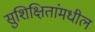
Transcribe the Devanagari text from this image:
सुशिक्षितांमधील